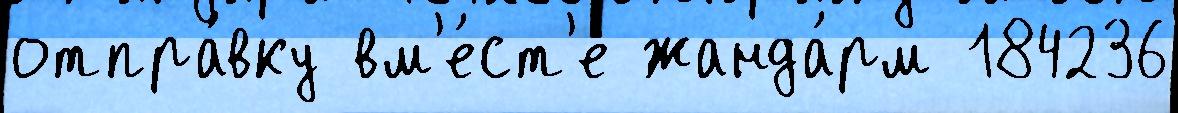
отпра́вку вм'е́ст'е жанда́рм 184236